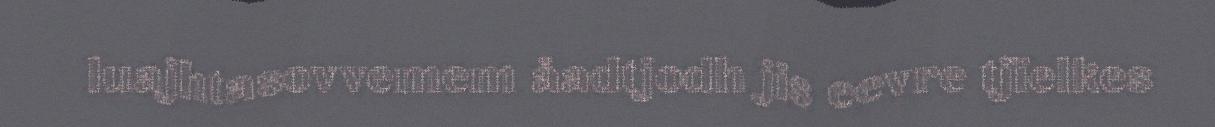
luajhtasovvemem åadtjodh jis eevre tjïelkes